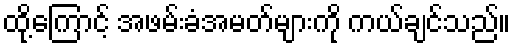
ထို့ကြောင့် အဖမ်းခံအမတ်များကို ကယ်ချင်သည်။